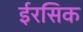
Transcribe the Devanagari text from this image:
ईरसिक